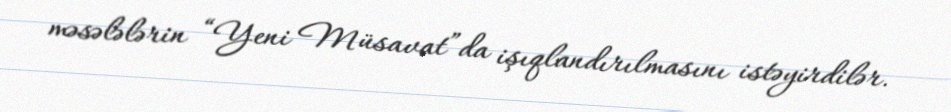
məsələlərin “Yeni Müsavat”da işıqlandırılmasını istəyirdilər.